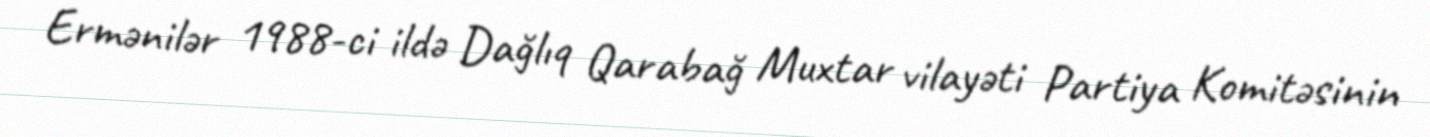
Ermənilər 1988-ci ildə Dağlıq Qarabağ Muxtar vilayəti Partiya Komitəsinin